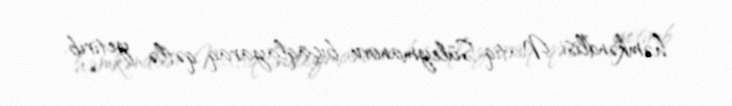
həmkəndlisi Natiq Süleymanovu bıçaqlayaraq qətlə yetirib.